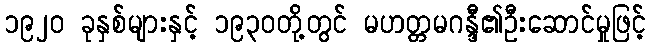
၁၉၂၀ ခုနှစ်များနှင့် ၁၉၃၀တို့တွင် မဟတ္တမဂန္ဒီ၏ဦးဆောင်မှုဖြင့်